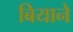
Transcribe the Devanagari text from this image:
बियाने